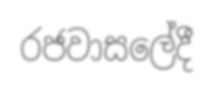
රජවාසලේදී